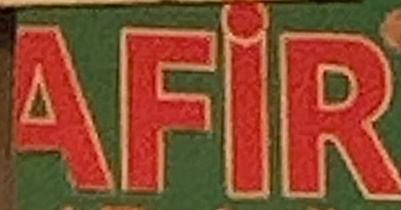
AFIR